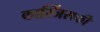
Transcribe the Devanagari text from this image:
कास्जिंसकी